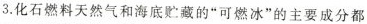
3.化石燃料天然气和海底贮藏的”可燃冰”的主要成分都